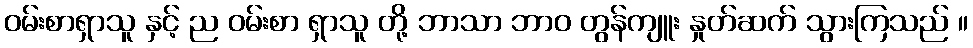
ဝမ်းစာရှာသူ နှင့် ည ဝမ်းစာ ရှာသူ တို့ ဘာသာ ဘာဝ တွန်ကျူး နှုတ်ဆက် သွားကြသည် ။